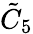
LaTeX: {\tilde{C}}_{5}